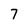
Character: 7